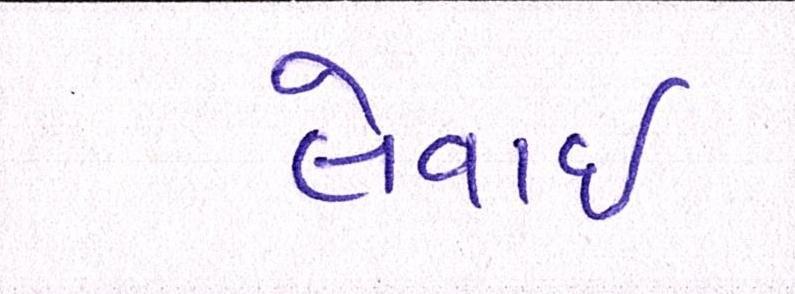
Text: લેવાઇ